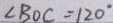
\angle B O C = 1 2 0 ^ { \circ }